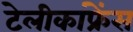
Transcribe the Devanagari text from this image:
टेलीकांफ्रेंस